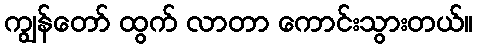
ကျွန်တော် ထွက် လာတာ ကောင်းသွားတယ်။